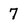
Character: 7